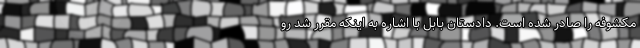
مکشوفه را صادر شده است. دادستان بابل با اشاره به اینکه مقرر شد رو